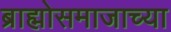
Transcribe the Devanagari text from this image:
ब्राह्मोसमाजाच्या